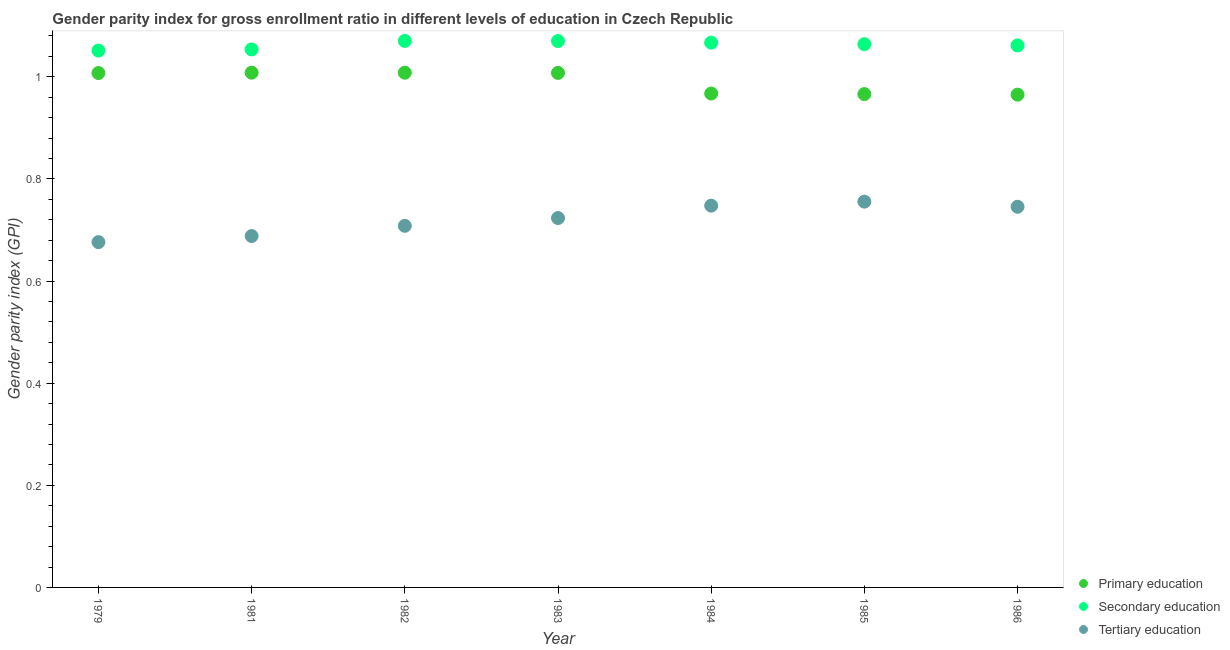
| Year | Primary education | Secondary education | Tertiary education |
 | --- | --- | --- | --- |
 | 1979 | 1.01 | 1.05 | 0.676 |
 | 1981 | 1.01 | 1.05 | 0.688 |
 | 1982 | 1.01 | 1.07 | 0.708 |
 | 1983 | 1.01 | 1.07 | 0.723 |
 | 1984 | 0.967 | 1.07 | 0.748 |
 | 1985 | 0.966 | 1.06 | 0.756 |
 | 1986 | 0.965 | 1.06 | 0.746 |